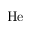
\mathrm { H e }